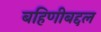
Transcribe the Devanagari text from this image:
बहिणीबद्दल